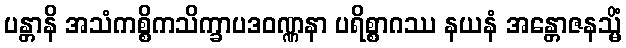
ပန္တာနိ အသံကစ္စိကသိက္ခာပဒဝဏ္ဏနာ ပရိစ္စာဂဿ နယနံ အန္တောဇနသ္မိံ